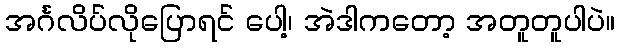
အင်္ဂလိပ်လိုပြောရင် ပေါ့၊ အဲဒါကတော့ အတူတူပါပဲ။